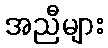
အညီများ